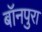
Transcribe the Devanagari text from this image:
बॉनपुरा